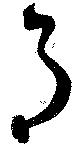
月